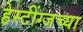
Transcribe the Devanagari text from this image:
हेस्टींग्जच्या